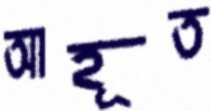
আহূত